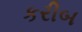
કરીબ